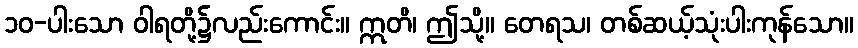
၁၀-ပါးသော ဝါရတို့၌လည်းကောင်း။ ဣတိ၊ ဤသို့။ တေရသ၊ တစ်ဆယ့်သုံးပါးကုန်သော။